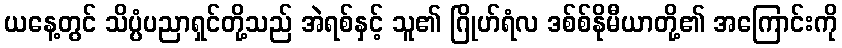
ယနေ့တွင် သိပ္ပံပညာရှင်တို့သည် အဲရစ်နှင့် သူ၏ ဂြိုဟ်ရံလ ဒစ်စ်နိုမီယာတို့၏ အကြောင်းကို